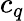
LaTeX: c_{q}